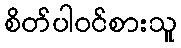
စိတ်ပါဝင်စားသူ